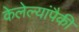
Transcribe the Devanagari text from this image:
केलेल्यांपैकी